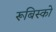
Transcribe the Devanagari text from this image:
रूबिस्को